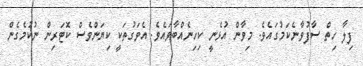
ފިލާ ހިތް ސާފުވާނެކަމުގައެވެ. މިވާން އުޅެނީ ކިހިނެއްބާވައެވެ. އެވަގުތަކީ ކިޔަންވެސް ކޮޓަރިން ނުކުމެގެން